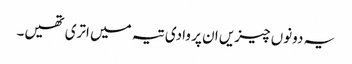
یہ دونوں چیزیں ان پر وادی تیہ میں اتری تھیں۔